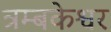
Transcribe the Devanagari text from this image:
त्रम्बकेश्वर